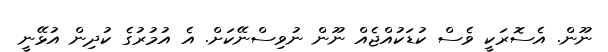
ނޫން. އެސޮރަކީ ވެސް ކުޑަކުއްޖެއް ނޫން ނުވިސްނޭކަށް. އެ އުމުރުގެ ކުދިން އުޅޭނީ